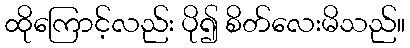
ထိုကြောင့်လည်း ပို၍ စိတ်လေးမိသည်။